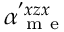
\alpha _ { \mathrm { ~ m ~ e ~ } } ^ { ' x z x }